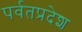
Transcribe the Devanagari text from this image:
पर्वतप्रदेश